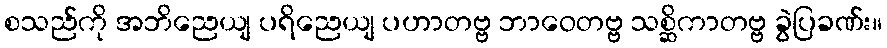
စသည်ကို အဘိညေယျ ပရိညေယျ ပဟာတဗ္ဗ ဘာဝေတဗ္ဗ သစ္ဆိကာတဗ္ဗ ခွဲပြခဏ်း။